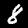
Label: 8